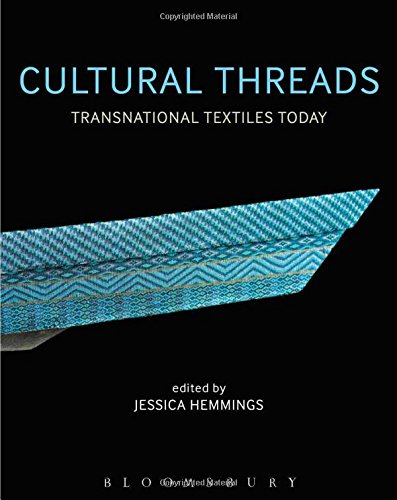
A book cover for Cultural Threads: Transnational Textiles Today; Jessica Hemmings; Business & Money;